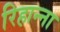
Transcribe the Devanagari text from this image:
रिहान्ना